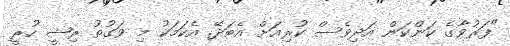
"ފަރުވާގެ ކަންކަން އަދިވެސް ކުރިއަށް އެބަދޭ. އެކަމަކު މި ވަގުތު ރިޝީ ހުރީ